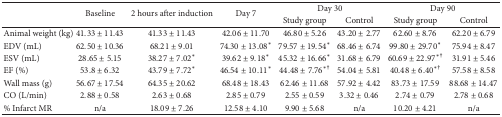
| <ROWSPAN=2>  | <ROWSPAN=2> Baseline | <ROWSPAN=2> 2 hours after induction | <ROWSPAN=2> Day 7 | <COLSPAN=2> Day 30 | <COLSPAN=2> Day 90 |
 | Study group | Control | Study group | Control |
 | --- | --- | --- | --- | --- | --- | --- | --- |
 | Animal weight (kg) | 41.33 ± 11.43 | 41.33 ± 11.43 | 42.06 ± 11.70 | 46.80 ± 5.26 | 43.20 ± 2.77 | 62.60 ± 8.76 | 62.20 ± 6.79 |
 | EDV (mL) | 62.50 ± 10.36 | 68.21 ± 9.01 | 74.30 ± 13.08* | 79.57 ± 19.54* | 68.46 ± 6.74 | 99.80 ± 29.70* | 75.94 ± 8.47 |
 | ESV (mL) | 28.65 ± 5.15 | 38.27 ± 7.02* | 39.62 ± 9.18* | 45.32 ± 16.66* | 31.68 ± 6.79 | 60.69 ± 22.97∗† | 31.91 ± 5.46 |
 | EF (%) | 53.8 ± 6.32 | 43.79 ± 7.72* | 46.54 ± 10.11* | 44.48 ± 7.76∗† | 54.04 ± 5.81 | 40.48 ± 6.40∗† | 57.58 ± 8.58 |
 | Wall mass (g) | 56.67 ± 17.54 | 64.35 ± 20.62 | 68.48 ± 18.43 | 62.46 ± 11.68 | 57.92 ± 4.42 | 83.73 ± 17.59 | 88.68 ± 14.47 |
 | CO (L/min) | 2.88 ± 0.58 | 2.63 ± 0.68 | 2.85 ± 0.79 | 2.55 ± 0.59 | 3.32 ± 0.46 | 2.74 ± 0.79 | 2.78 ± 0.68 |
 | % Infarct MR | n/a | 18.09 ± 7.26 | 12.58 ± 4.10 | 9.90 ± 5.68 | n/a | 10.20 ± 4.21 | n/a |